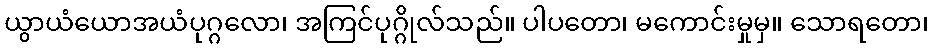
ယွာယံယောအယံပုဂ္ဂလော၊ အကြင်ပုဂ္ဂိုလ်သည်။ ပါပတော၊ မကောင်းမှုမှ။ သောရတော၊